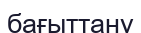
бағыттану